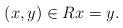
LaTeX: \begin{align*} (x,y) \in R x = y.\end{align*}